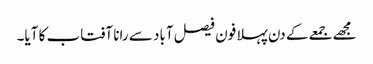
مجھے جمعے کے دن پہلا فون فیصل آباد سے رانا آفتاب کا آیا۔